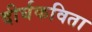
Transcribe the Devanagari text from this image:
दीर्घकविता